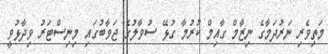
މަތިވެރި ނަރުދަމާގެ ނިޒާމް ގާއިމް ކުރުމާ ގުޅޭ ސުވާލުގެ ޖަވާބުގައި މިނިސްޓަރު ވިދާޅުވީ